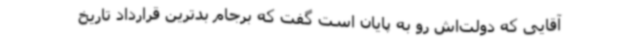
آقایی که دولت‌اش رو به پایان است گفت که برجام بدترین قرارداد تاریخ